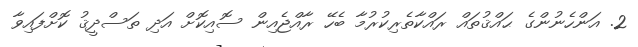
2. އަންހެނުންގެ ޙައްޤުތައް ރައްކާތެރިކުރުމާ ބެހޭ ރާއްޖެއިން ސޮއިކޮށް އަދި ތަސްދީޤު ކޮށްފައިވާ